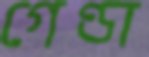
গেণ্ডা